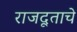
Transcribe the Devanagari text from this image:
राजदूताचे